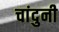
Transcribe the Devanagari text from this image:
चांदुनी